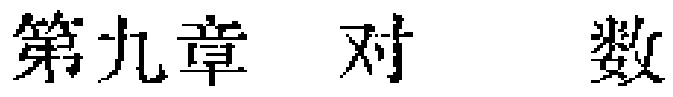
第九章 \ 对 \ 数